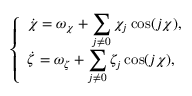
\begin{array} { r } { \left\{ \begin{array} { l } { \displaystyle \dot { \chi } = \omega _ { \chi } + \sum _ { j \ne 0 } \chi _ { j } \cos ( j \chi ) , } \\ { \displaystyle \dot { \zeta } = \omega _ { \zeta } + \sum _ { j \ne 0 } \zeta _ { j } \cos ( j \chi ) , } \end{array} \right. } \end{array}